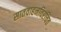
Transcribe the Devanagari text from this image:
सातवाहनविरचित